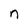
Character: n